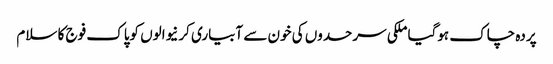
پردہ چاک ہوگیا ملکی سرحدوں کی خون سے آبیاری کرنیوالوں کوپاک فوج کا سلام